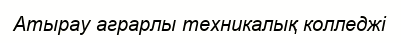
Атырау аграрлы техникалық колледжі